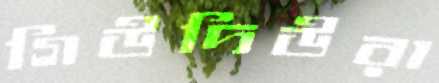
গিউদিউরা